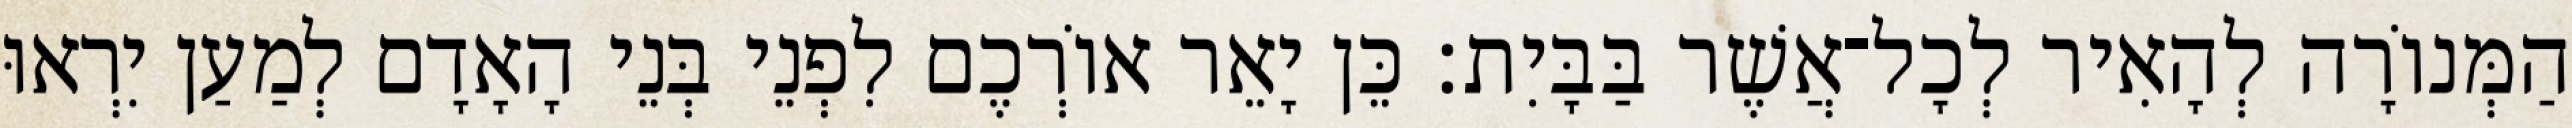
הַמְּנוֹרָה לְהָאִיר לְכָל־אֲשֶׁר בַּבָּיִת׃ כֵּן יָאֵר אוֹרְכֶם לִפְנֵי בְּנֵי הָאָדָם לְמַעַן יִרְאוּ